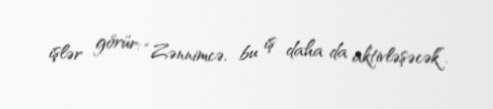
işlər görür: “Zənnimcə, bu iş daha da aktivləşəcək”.